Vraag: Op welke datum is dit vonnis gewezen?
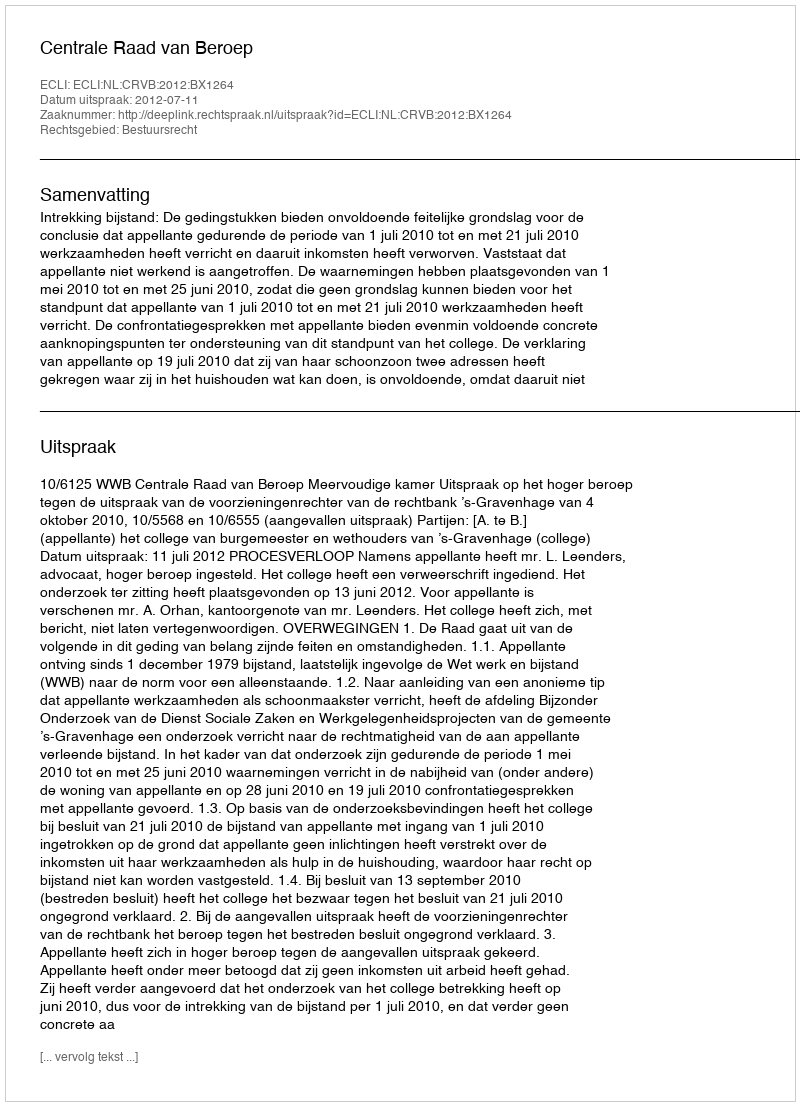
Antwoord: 2012-07-11